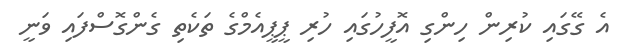
އެ ގޭގައި ކުރިން ހިންގި އޮފީހުގައި ހުރި ޕީޕީއެމްގެ ތަކެތި ގެންގޮސްފައި ވަނީ